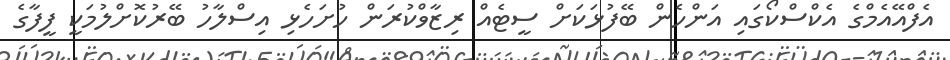
އެފްއޭއެމްގެ އެކްސްކޯގައި އަންހެން ބޭފުޅަކަށް ސީޓެއް ރިޒާވްކުރަން ހުށަހެޅި އިސްލާހު ބޭރުކޮށްލުމަކީ ފީފާގެ